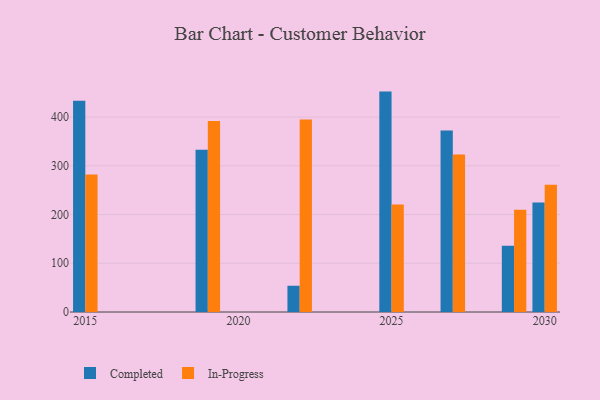
{"axis": {"x": "Year", "y": "Gross Profit (USD K)"}, "legend": ["Completed", "In-Progress"], "data": [{"x": "2025", "y": 452.3, "type": "Completed"}, {"x": "2025", "y": 220.4, "type": "In-Progress"}, {"x": "2022", "y": 53.9, "type": "Completed"}, {"x": "2022", "y": 395.1, "type": "In-Progress"}, {"x": "2029", "y": 136.2, "type": "Completed"}, {"x": "2029", "y": 209.9, "type": "In-Progress"}, {"x": "2027", "y": 372.4, "type": "Completed"}, {"x": "2027", "y": 323.3, "type": "In-Progress"}, {"x": "2019", "y": 333.1, "type": "Completed"}, {"x": "2019", "y": 392.2, "type": "In-Progress"}, {"x": "2015", "y": 433.6, "type": "Completed"}, {"x": "2015", "y": 282.2, "type": "In-Progress"}, {"x": "2030", "y": 224.9, "type": "Completed"}, {"x": "2030", "y": 260.9, "type": "In-Progress"}]}